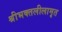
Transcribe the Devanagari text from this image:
श्रीभक्तलीलामृत